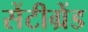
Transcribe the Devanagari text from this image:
सेंटीग्रेंड